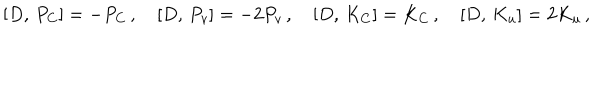
{ } [ D , \, P _ { C } ] = - P _ { C } \, , \quad { } [ D , \, P _ { v } ] = - 2 P _ { v } \, , \quad { } [ D , \, K _ { C } ] = K _ { C } \, , \quad { } [ D , \, K _ { u } ] = 2 K _ { u } \, ,